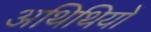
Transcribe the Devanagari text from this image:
अथिथियों